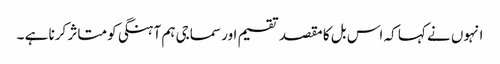
انہوں نے کہا کہ اس بل کا مقصد تقسیم اور سماجی ہم آہنگی کو متاثر کرنا ہے ۔